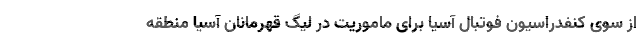
از سوی کنفدراسیون فوتبال آسیا برای ماموریت در لیگ قهرمانان آسیا منطقه